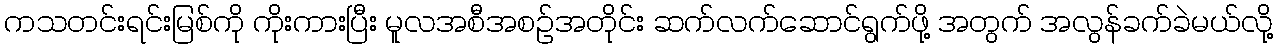
ကသတင်းရင်းမြစ်ကို ကိုးကားပြီး မူလအစီအစဉ်အတိုင်း ဆက်လက်ဆောင်ရွက်ဖို့ အတွက် အလွန်ခက်ခဲမယ်လို့